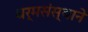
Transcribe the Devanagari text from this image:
धर्मसंस्थाने